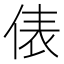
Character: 俵